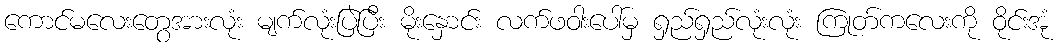
ကောင်မလေးတွေအားလုံး မျက်လုံးပြဲပြီး မိုးနှောင်း လက်ဖဝါးပေါ်မှ ရှည်ရှည်လုံးလုံး ကြုတ်ကလေးကို ဝိုင်းအုံ